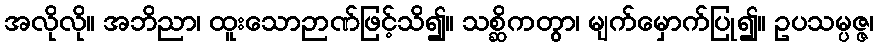
အလိုလို။ အဘိညာ၊ ထူးသောဉာဏ်ဖြင့်သိ၍။ သစ္ဆိကတွာ၊ မျက်မှောက်ပြု၍။ ဥပသမ္ပဇ္ဇ၊